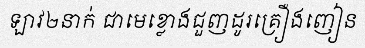
ឡាវ២នាក់ ជាមេខ្លោងជួញដូរគ្រឿងញៀន